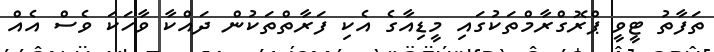
ތަފާތު ޓީވީ ޕްރޮގްރާމްތަކުގައި މީޑިއާގެ އެކި ފަރާތްތަކުން ދައްކާ ވާހަކަ ވެސް އެއް